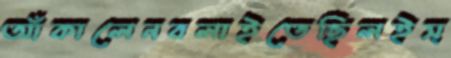
আঁকালেনবলাইতেছিলইস্